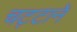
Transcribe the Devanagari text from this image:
चट्‍टानें